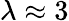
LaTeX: \lambda\approx 3